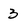
Character: 3